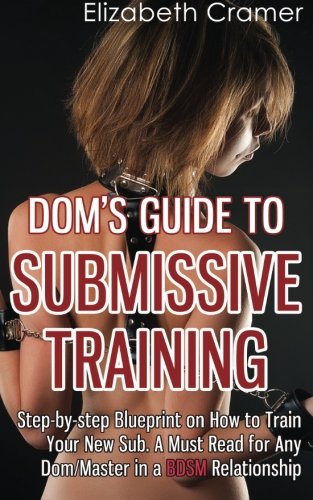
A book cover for Dom's Guide To Submissive Training: Step-by-step Blueprint On How To Train Your New Sub. A Must Read For Any Dom/Master In A BDSM Relationship (Men's Guide to BDSM) (Volume 1); Elizabeth Cramer; Self-Help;